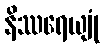
နိဿရေယျုံ